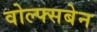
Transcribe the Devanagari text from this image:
वोल्फ्सबेन